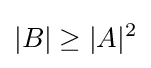
|B|\geq |A|^{2}